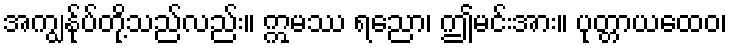
အကျွန်ုပ်တို့သည်လည်း။ ဣမဿ ရညော၊ ဤမင်းအား။ ပုတ္တာယထေဝ၊